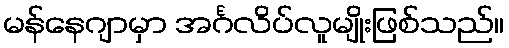
မန်နေဂျာမှာ အင်္ဂလိပ်လူမျိုးဖြစ်သည်။